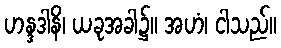
ဟန္ဒဒါနိ၊ ယခုအခါ၌။ အဟံ၊ ငါသည်။